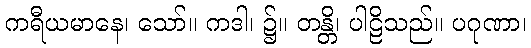
ကရီယမာနေ၊ သော်။ ကဒါ၊ ၌။ တန္တိ၊ ပါဠိသည်။ ပဂုဏာ၊